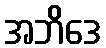
အဘိဒေ